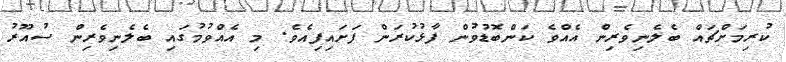
ކުރިމަށްޗައް ބެލެނިވެރިން އެއްވެ ކަންބޮޑުވުން ފާޅުކުރަން ފަށައިފިއެވެ. މި އެއްވުމުގައި ބެލެނިވެރިން ސުއޫރު